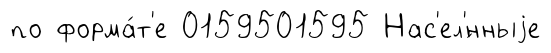
по форма́т'е 0159501595 Нас'ел'́нныjе